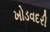
ખોડવદરી